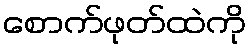
စောက်ဖုတ်ထဲကို